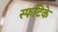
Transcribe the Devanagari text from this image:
स्फटिके